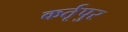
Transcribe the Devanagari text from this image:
कर्तृपुर